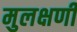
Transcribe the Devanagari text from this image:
मुलक्षणी